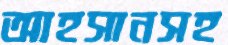
আহসানসহ